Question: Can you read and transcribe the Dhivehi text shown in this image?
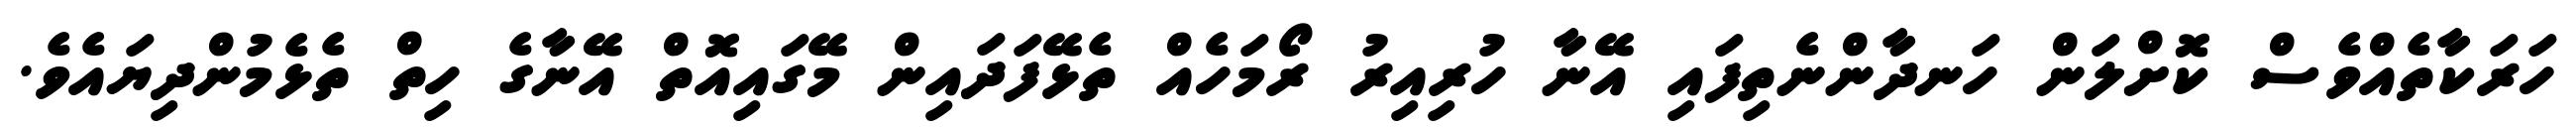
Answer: ހަރަކާތެއްވެސް ކޮށްލަން ހަނދާންނެތިފައި އޭނާ ހުރިއިރު ރޯމަހެއް ތެޅޭފަދައިން މޭގައިއޮތް އޭނާގެ ހިތް ތެޅެމުންދިޔައެވެ.